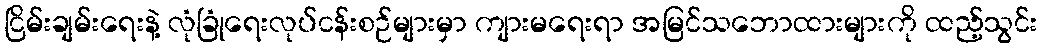
ငြိမ်းချမ်းရေးနဲ့ လုံခြုံရေးလုပ်ငန်းစဉ်များမှာ ကျားမရေးရာ အမြင်သဘောထားများကို ထည့်သွင်း